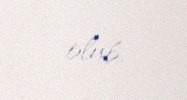
olub.